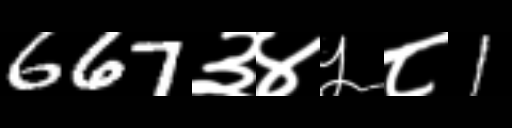
Text: 667३४५८1